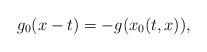
LaTeX: \begin{align*}g_0(x-t) = - g(x_0(t,x)),\end{align*}